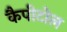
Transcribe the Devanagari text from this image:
कैपीटोल